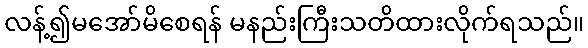
လန့်၍မအော်မိစေရန် မနည်းကြီးသတိထားလိုက်ရသည်။